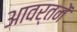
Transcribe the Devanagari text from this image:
आवर्तनें